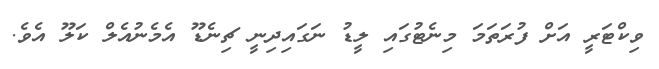
ވިކްޓަރީ އަށް ފުރަތަމަ މިނެޓުގައި ލީޑު ނަގައިދިނީ ޗިނެޑޫ އެމެނުއެލް ކަލޫ އެވެ.